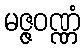
မဇ္ဇဝဏ္ဏံ